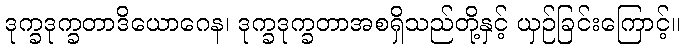
ဒုက္ခဒုက္ခတာဒိယောဂေန၊ ဒုက္ခဒုက္ခတာအစရှိသည်တို့နှင့် ယှဉ်ခြင်းကြောင့်။